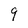
Character: 9